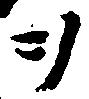
ヲ